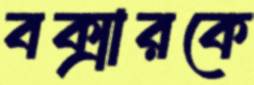
বক্সারকে